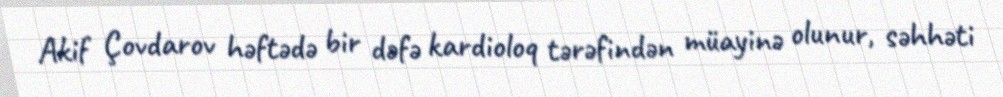
Akif Çovdarov həftədə bir dəfə kardioloq tərəfindən müayinə olunur, səhhəti